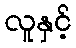
လူနှင့်